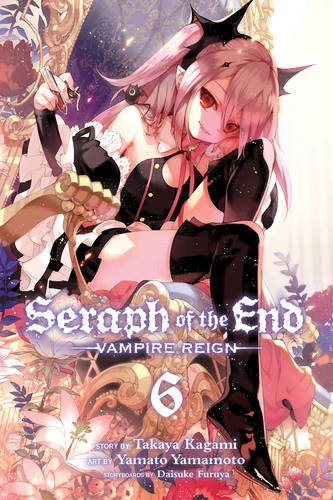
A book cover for Seraph of the End, Vol. 6; Takaya Kagami; Comics & Graphic Novels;